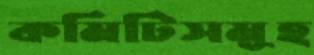
কমিটিসমূহ